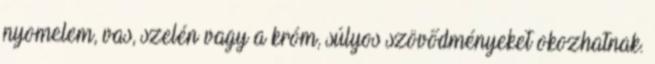
nyomelem, vas, szelén vagy a króm, súlyos szövődményeket okozhatnak.